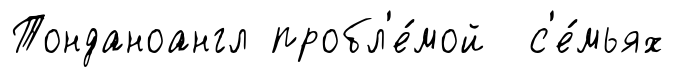
Тонданоангл пробл'е́мой с'е́мьях